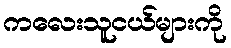
ကလေးသူငယ်များကို